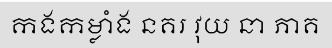
កងកម្លាំង នគរ វុយ នា ភាគ